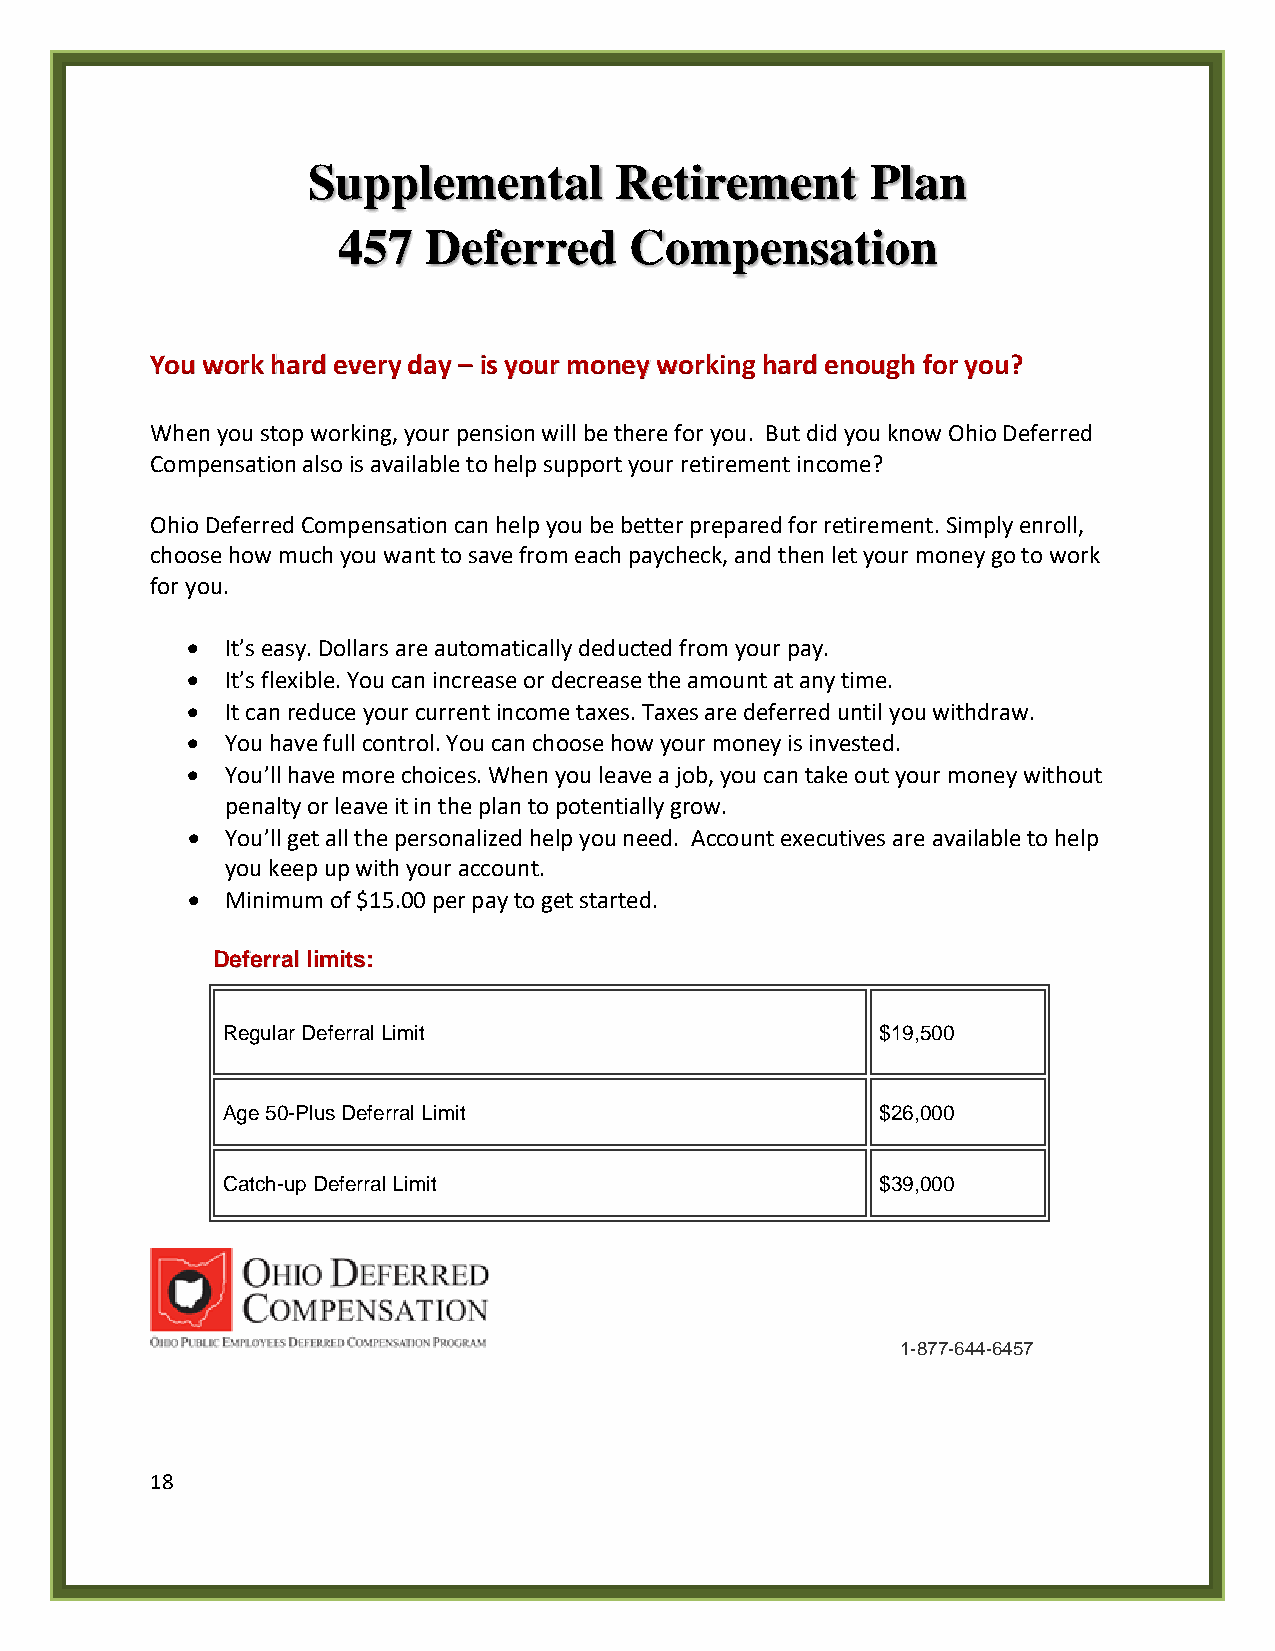
Supplemental         Retirement       Plan
 457   Deferred      Compensation
 You work hard every day – is your money working hard enough for you?
 When you stop working, your pension will be there for you. But did you know Ohio Deferred
 Compensation also is available to help support your retirement income?
 Ohio Deferred Compensation can help you be better prepared for retirement. Simply enroll,
 choose how much you want to save from each paycheck, and then let your money go to work
 for you.
 •  It’s easy. Dollars are automatically deducted from your pay.
 •  It’s flexible. You can increase or decrease the amount at any time.
 •  It can reduce your current income taxes. Taxes are deferred until you withdraw.
 •  You have full control. You can choose how your money is invested.
 •  You’ll have more choices. When you leave a job, you can take out your money without
 penalty or leave it in the plan to potentially grow.
 •  You’ll get all the personalized help you need. Account executives are available to help
 you keep up with your account.
 •  Minimum of $15.00 per pay to get started.
 Deferral limits:
 Regular Deferral Limit                     $19,500
 Age 50-Plus Deferral Limit                 $26,000
 Catch-up Deferral Limit                    $39,000
 1-877-644-6457
 18